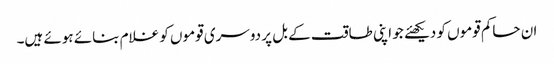
ان حاکم قوموں کو دیکھئے جو اپنی طاقت کے بل پر دوسری قوموں کو غلام بنائے ہوئے ہیں۔